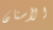
الأسنان